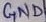
Text: GND